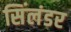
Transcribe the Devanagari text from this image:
सिंलंडर